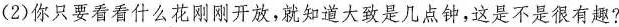
(2)你只要看看什么花刚刚开放，就知道大致是几点钟，这是不是很有趣?